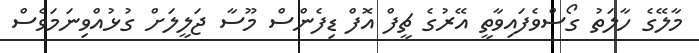
މާލޭގެ ހާލަތު ގޯސްވެފައިވާތީ އޭރުގެ ޗީފް އޮފް ޑިފެންސް މޫސާ ޖަލީލަށް ގުޅުއްވިނަމަވެސް